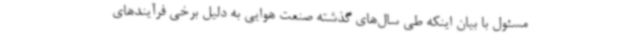
مسئول با بیان اینکه طی سال‌های گذشته صنعت هوایی به دلیل برخی فرآیندهای